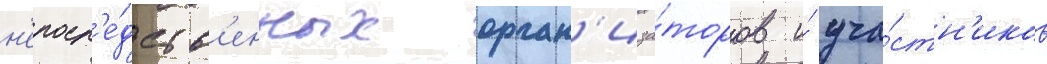
н'епоср'е́дств'енных орган'иза́торов и́ уча́стн'иков